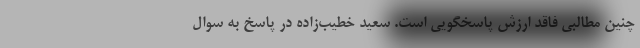
چنین مطالبی فاقد ارزش پاسخگویی است. سعید خطیب‌زاده در پاسخ به سوال